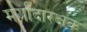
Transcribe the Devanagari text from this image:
मर्यादारक्षक